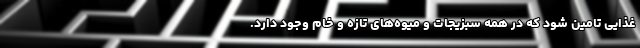
غذایی تامین شود که در همه‌ سبزیجات و میوه‌های تازه و خام وجود دارد.